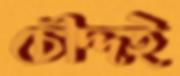
চৌদ্দই